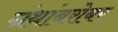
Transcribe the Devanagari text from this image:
ग्रंथांबरोबर